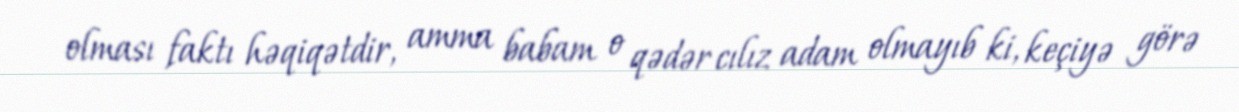
olması faktı həqiqətdir, amma babam o qədər cılız adam olmayıb ki, keçiyə görə